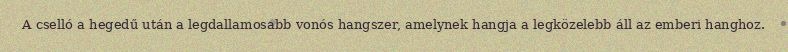
A cselló a hegedű után a legdallamosabb vonós hangszer, amelynek hangja a legközelebb áll az emberi hanghoz.